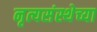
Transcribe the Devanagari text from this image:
नृत्यसंस्थेच्या